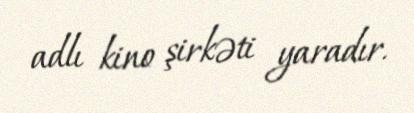
adlı kino şirkəti yaradır.